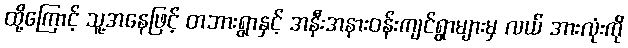
ထို့ကြောင့် သူ့အနေဖြင့် တဘားရွာနှင့် အနီးအနားဝန်းကျင်ရွာများမှ လယ် အားလုံးကို